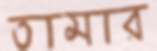
তামার